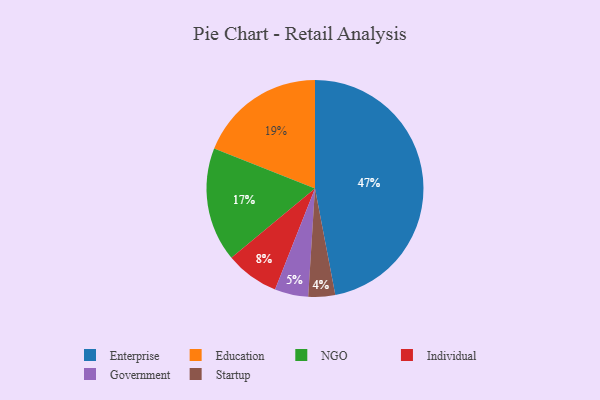
{"axis": {"x": "Category", "y": "Percentage"}, "legend": ["Education", "Enterprise", "Government", "Individual", "NGO", "Startup"], "data": [{"x": "Individual", "y": 8, "type": "Individual"}, {"x": "Enterprise", "y": 47, "type": "Enterprise"}, {"x": "NGO", "y": 17, "type": "NGO"}, {"x": "Education", "y": 19, "type": "Education"}, {"x": "Government", "y": 5, "type": "Government"}, {"x": "Startup", "y": 4, "type": "Startup"}]}